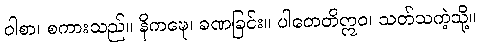
ဝါစာ၊ စကားသည်။ နိကဍ္ဎေ၊ ခဏခြင်း။ ပါတေတိဣဝ၊ သတ်သကဲ့သို့။